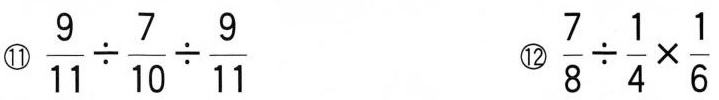
⑪$$\frac{9}{11}\div \frac{7}{10}\div \frac{9}{11}$$ ⑫$$ \frac{7}{8}\div \frac{1}{4}\times \frac{1}{6}$$